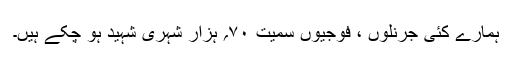
ہمارے کئی جرنلوں ، فوجیوں سمیت ۷۰؍ ہزار شہری شہید ہو چکے ہیں۔